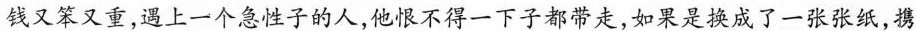
钱又笨又重，遇上一个急性子的人，他恨不得一下子都带走，如果是换成了一张张纸，携